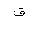
Letter: _qaf